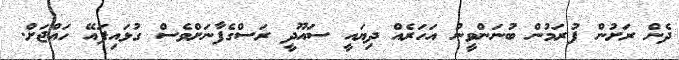
ދެން ރަށުން ފުރަމުން ބުނަންވީނު އަހަރެއް ދިޔައީ ސައޫދީ ރަސްގެފާނަށްވެސް ގުޅައިފައޭ ހައްޖަށް.